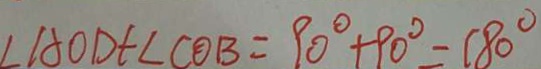
\angle A O D + \angle C O B = 9 0 ^ { \circ } + 9 0 ^ { \circ } = 1 8 0 ^ { \circ }